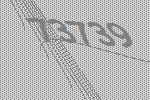
73739